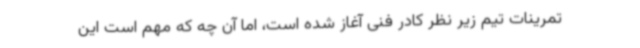
تمرینات تیم زیر نظر کادر فنی آغاز شده است، اما آن چه که مهم است این